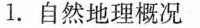
1.自然地理概况